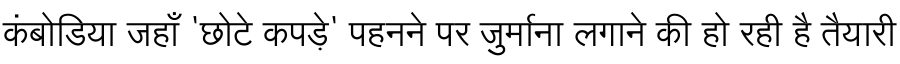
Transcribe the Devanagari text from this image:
कंबोडिया जहाँ 'छोटे कपड़े' पहनने पर जुर्माना लगाने की हो रही है तैयारी